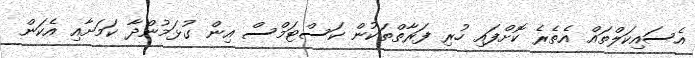
އެސައިކަލްތައް އެތެރެ ކޮށްފައި ހުރި ފަރާތްތަކުން ކަސްޓަމްސް އިން ގުޅަމުންދާ ކަމަށާއި އެކަން